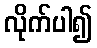
လိုက်ပါ၍